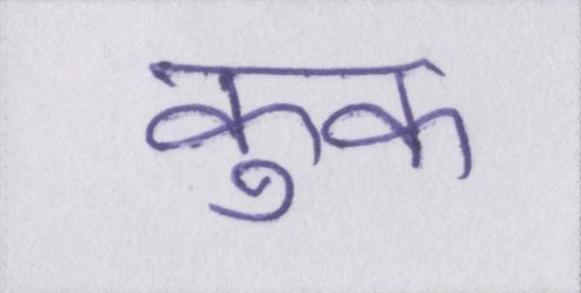
कुक